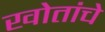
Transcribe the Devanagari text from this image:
खोतांचे